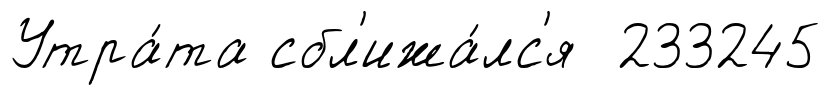
Утра́та сбл'ижа́лс'я 233245